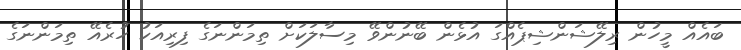
ބައެއް މީހުން ރިލޭޝަންޝިޕެއްގަ އުޅެން ބޭނުންވޭ މިސާލަކަށް ތިމަންނަގެ ފިރިއަކު ހުރެއޭ ތިމަންނަގެ